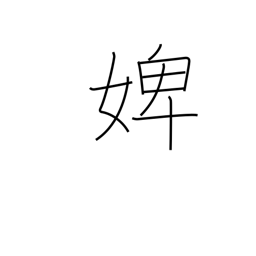
Meaning: maidservant